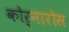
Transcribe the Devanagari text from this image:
कोर्नारोस